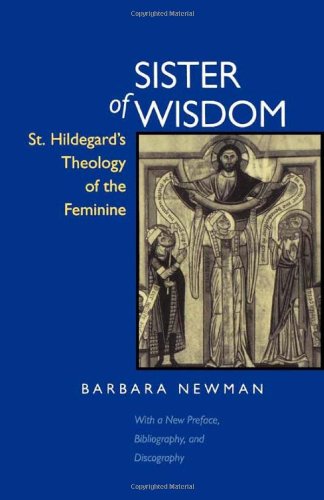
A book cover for Sister of Wisdom: St. Hildegard's Theology of the Feminine; Barbara Newman; Politics & Social Sciences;